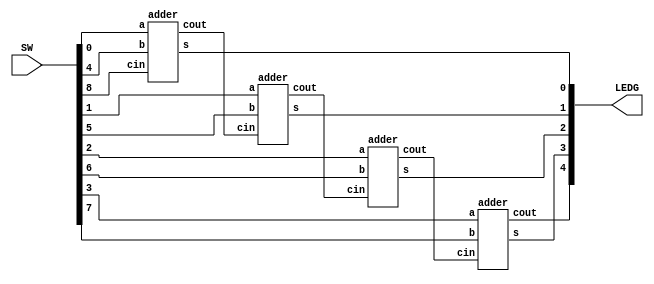
/*
	Author: Quyet Luu
	Date: 7/27/2016
*/

module lab2_part3(SW, LEDG);
input [8:0] SW;
output [4:0] LEDG;
wire [2:0] cout;
adder add0(SW[0],SW[4],SW[8],LEDG[0],cout[0]);
adder add1(SW[1],SW[5],cout[0],LEDG[1],cout[1]);
adder add2(SW[2],SW[6],cout[1],LEDG[2],cout[2]);
adder add3(SW[3],SW[7],cout[2],LEDG[3],LEDG[4]);


endmodule


module adder(a,b,cin,s,cout);
input a,b,cin;
output s,cout;
wire a_xor_b;

assign a_xor_b = a ^ b;
assign s = cin ^ a_xor_b;
assign cout = a_xor_b? cin : b;

endmodule